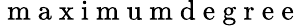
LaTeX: \mathrm{~m~a~x~i~m~u~m~d~e~g~r~e~e~}